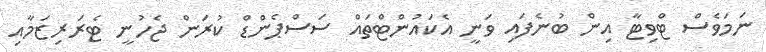
ނަމަވެސް ޓްވިޓާ އިން ބުނެފައި ވަނީ އެކައުންޓްތައް ސަސްޕެންޑް ކުރަން ޖެހުނީ ޓެރަރިޒަމާއި